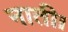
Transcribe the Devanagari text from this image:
नाती।